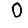
Digit: 0